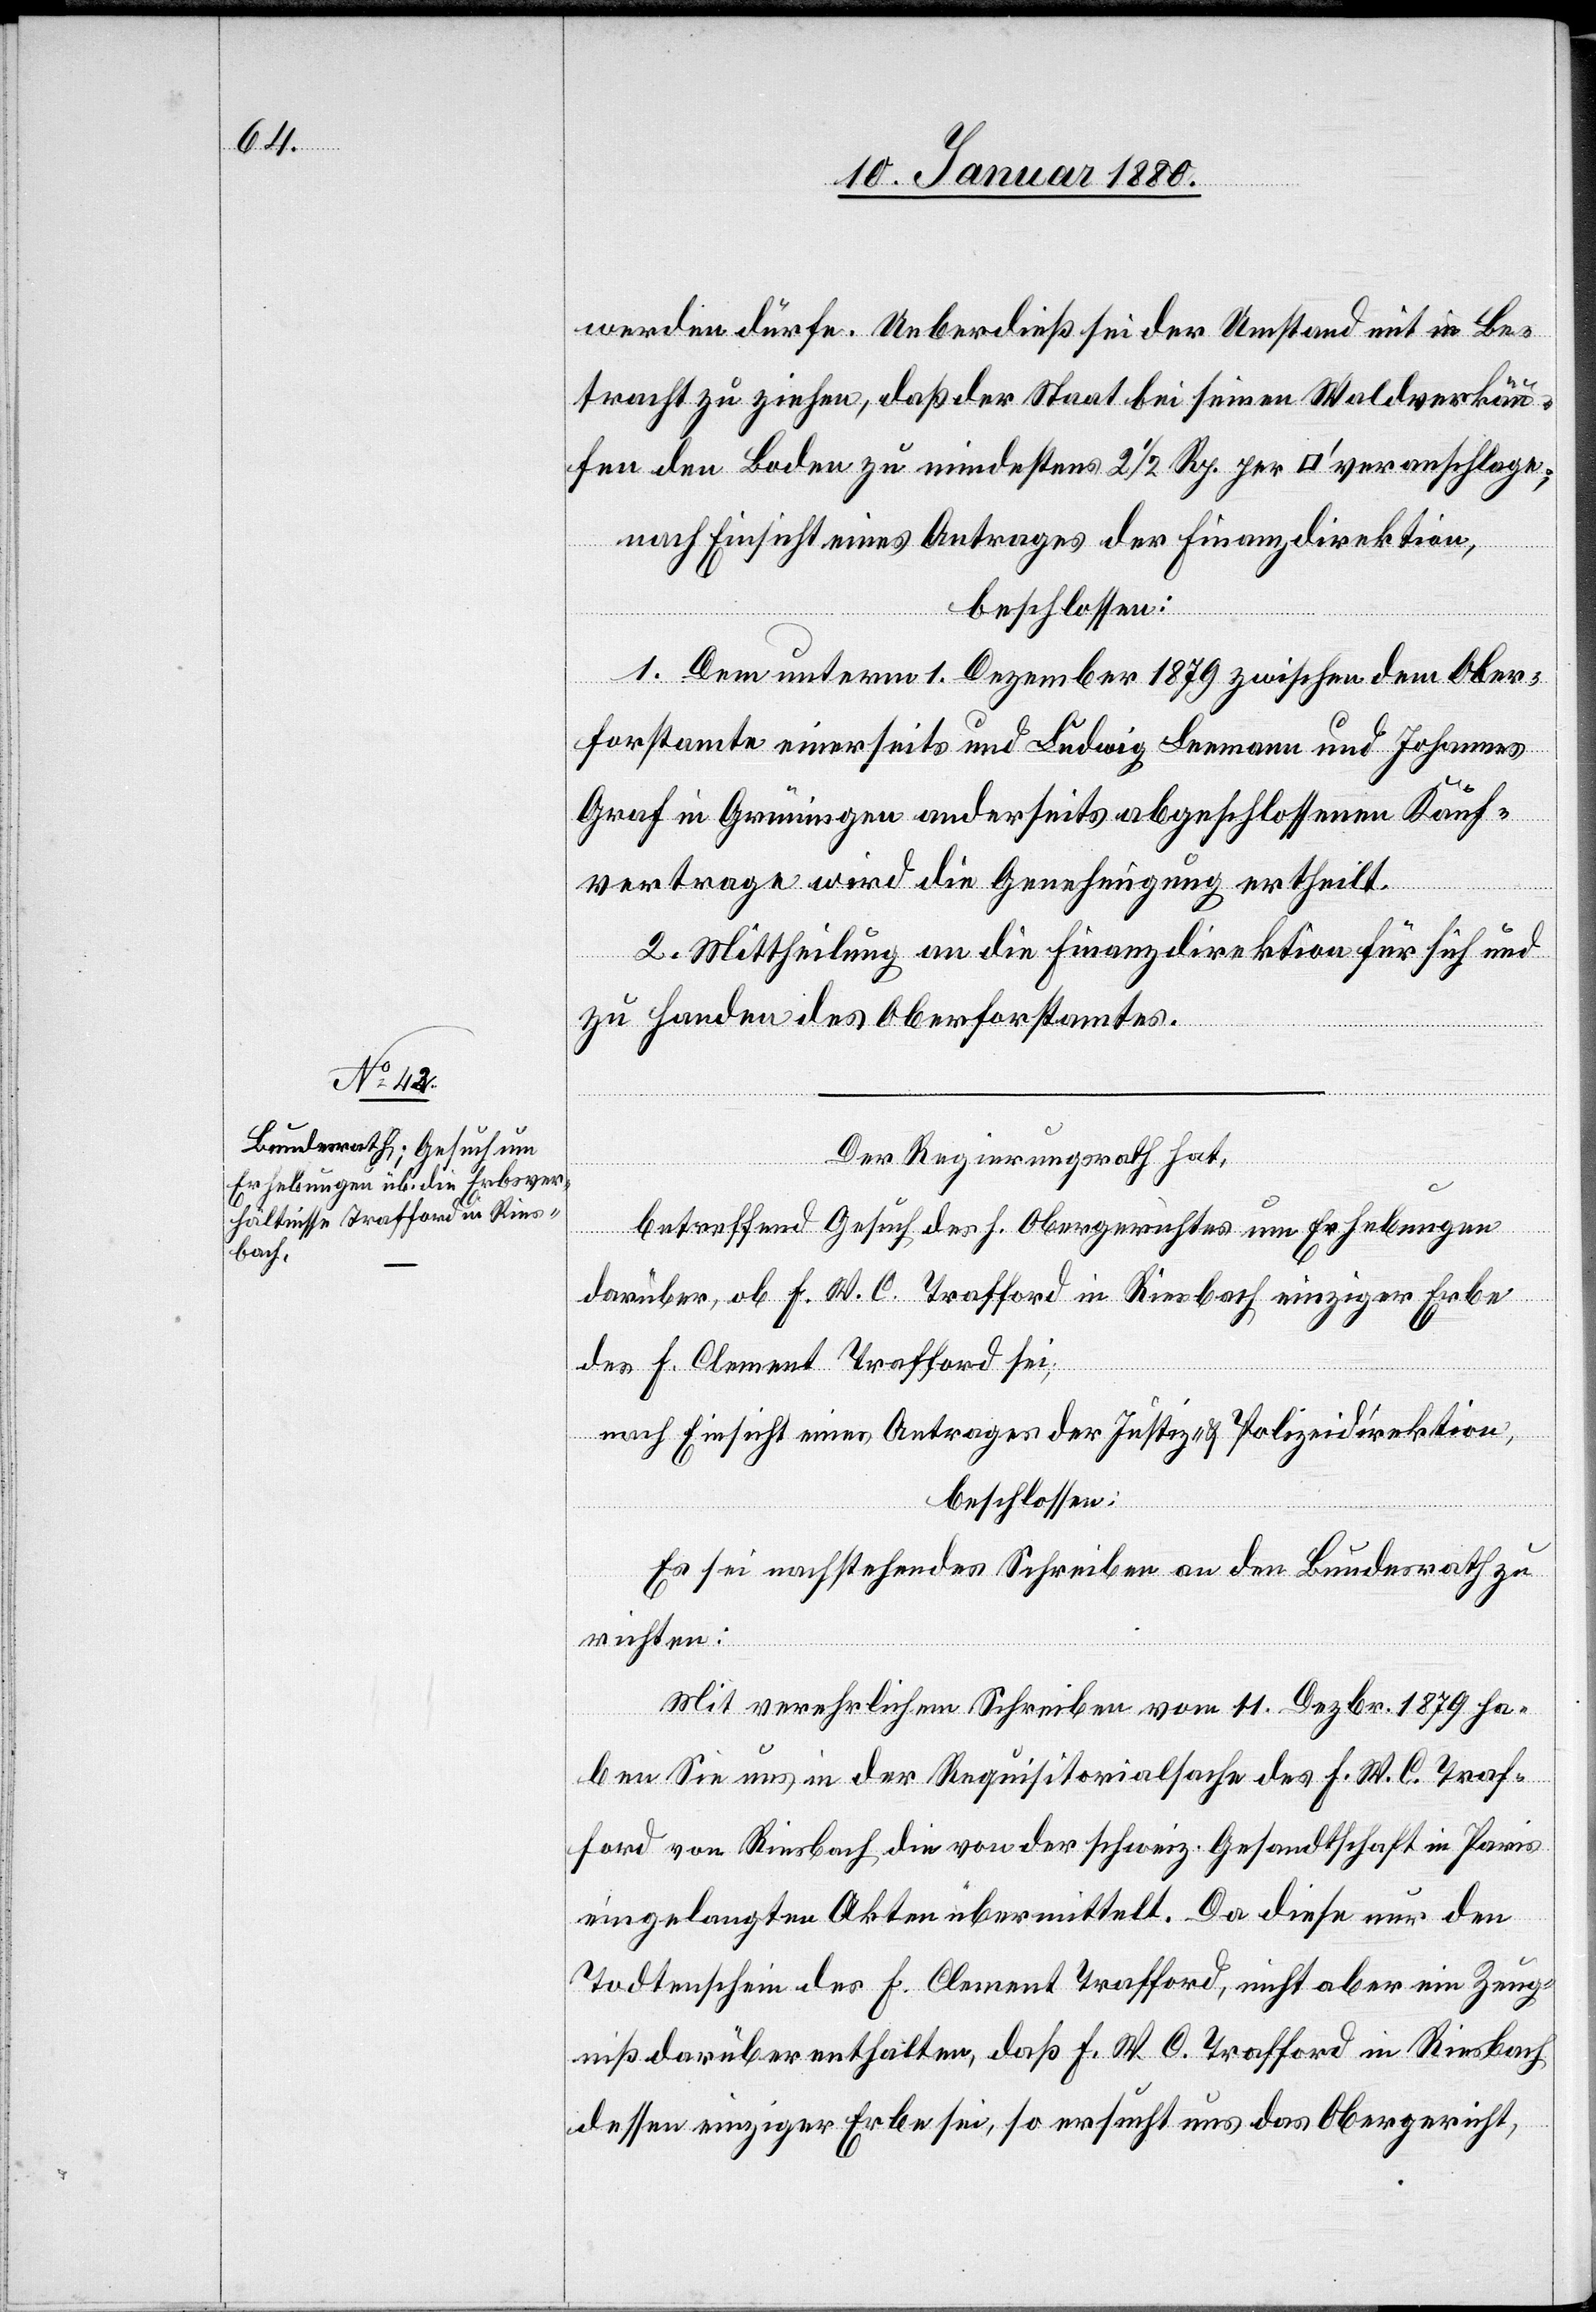
werden dürfe. Ueberdieß sei der Umstand mit in Be¬
tracht zu ziehen, daß der Staat bei seinen Waldverkäu¬
fen den Boden zu mindestens 2 1/2 Rp. per [Quadratfuß] veranschlage;
nach Einsicht eines Antrages der Finanzdirektion,
beschlossen:
1. Dem unterm 1. Dezember 1879 zwischen dem Ober¬
forstamte einerseits und Ludwig Leemann und Johannes
Graf in Grüningen anderseits abgeschlossenen Kauf¬
vertrage wird die Genehmigung ertheilt.
2. Mittheilung an die Finanzdirektion für sich und
zu Handen des Oberforstamtes.
Der Regierungsrath hat,
betreffend Gesuch des h. Obergerichtes um Erhebungen
darüber, ob F. W. C. Trafford in Riesbach einziger Erbe
des F. Clement Trafford sei,
nach Einsicht eines Antrages der Justiz- & Polizeidirektion,
beschlossen:
Es sei nachstehendes Schreiben an den Bundesrath zu
richten:
Mit verehrlichem Schreiben vom 11. Dezbr. 1879 ha¬
ben Sie uns in der Requisitorialsache des F. W. C. Traf¬
ford von Riesbach die von der schweiz. Gesandtschaft in Paris
eingelangten Akten übermittelt. Da diese nur den
Todtenschein des F. Clement Trafford, nicht aber ein Zeug¬
niß darüber enthalten, daß F. W. C. Trafford in Riesbach
dessen einziger Erbe sei, so ersucht uns das Obergericht,